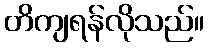
တိကျရန်လိုသည်။